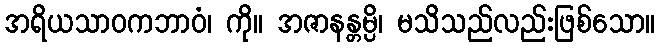
အရိယသာဝကဘာဝံ၊ ကို။ အဇာနန္တမ္ပိ၊ မသိသည်လည်းဖြစ်သော။